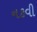
નકવી